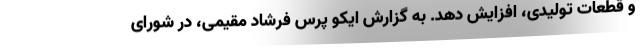
و قطعات تولیدی، افزایش دهد. به گزارش ایکو پرس فرشاد مقیمی، در شورای